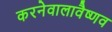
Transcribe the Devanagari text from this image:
करनेवालावैष्णव